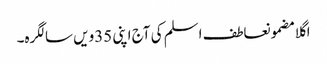
اگلا مضمونعاطف اسلم کی آج اپنی 35ویں سالگرہ۔